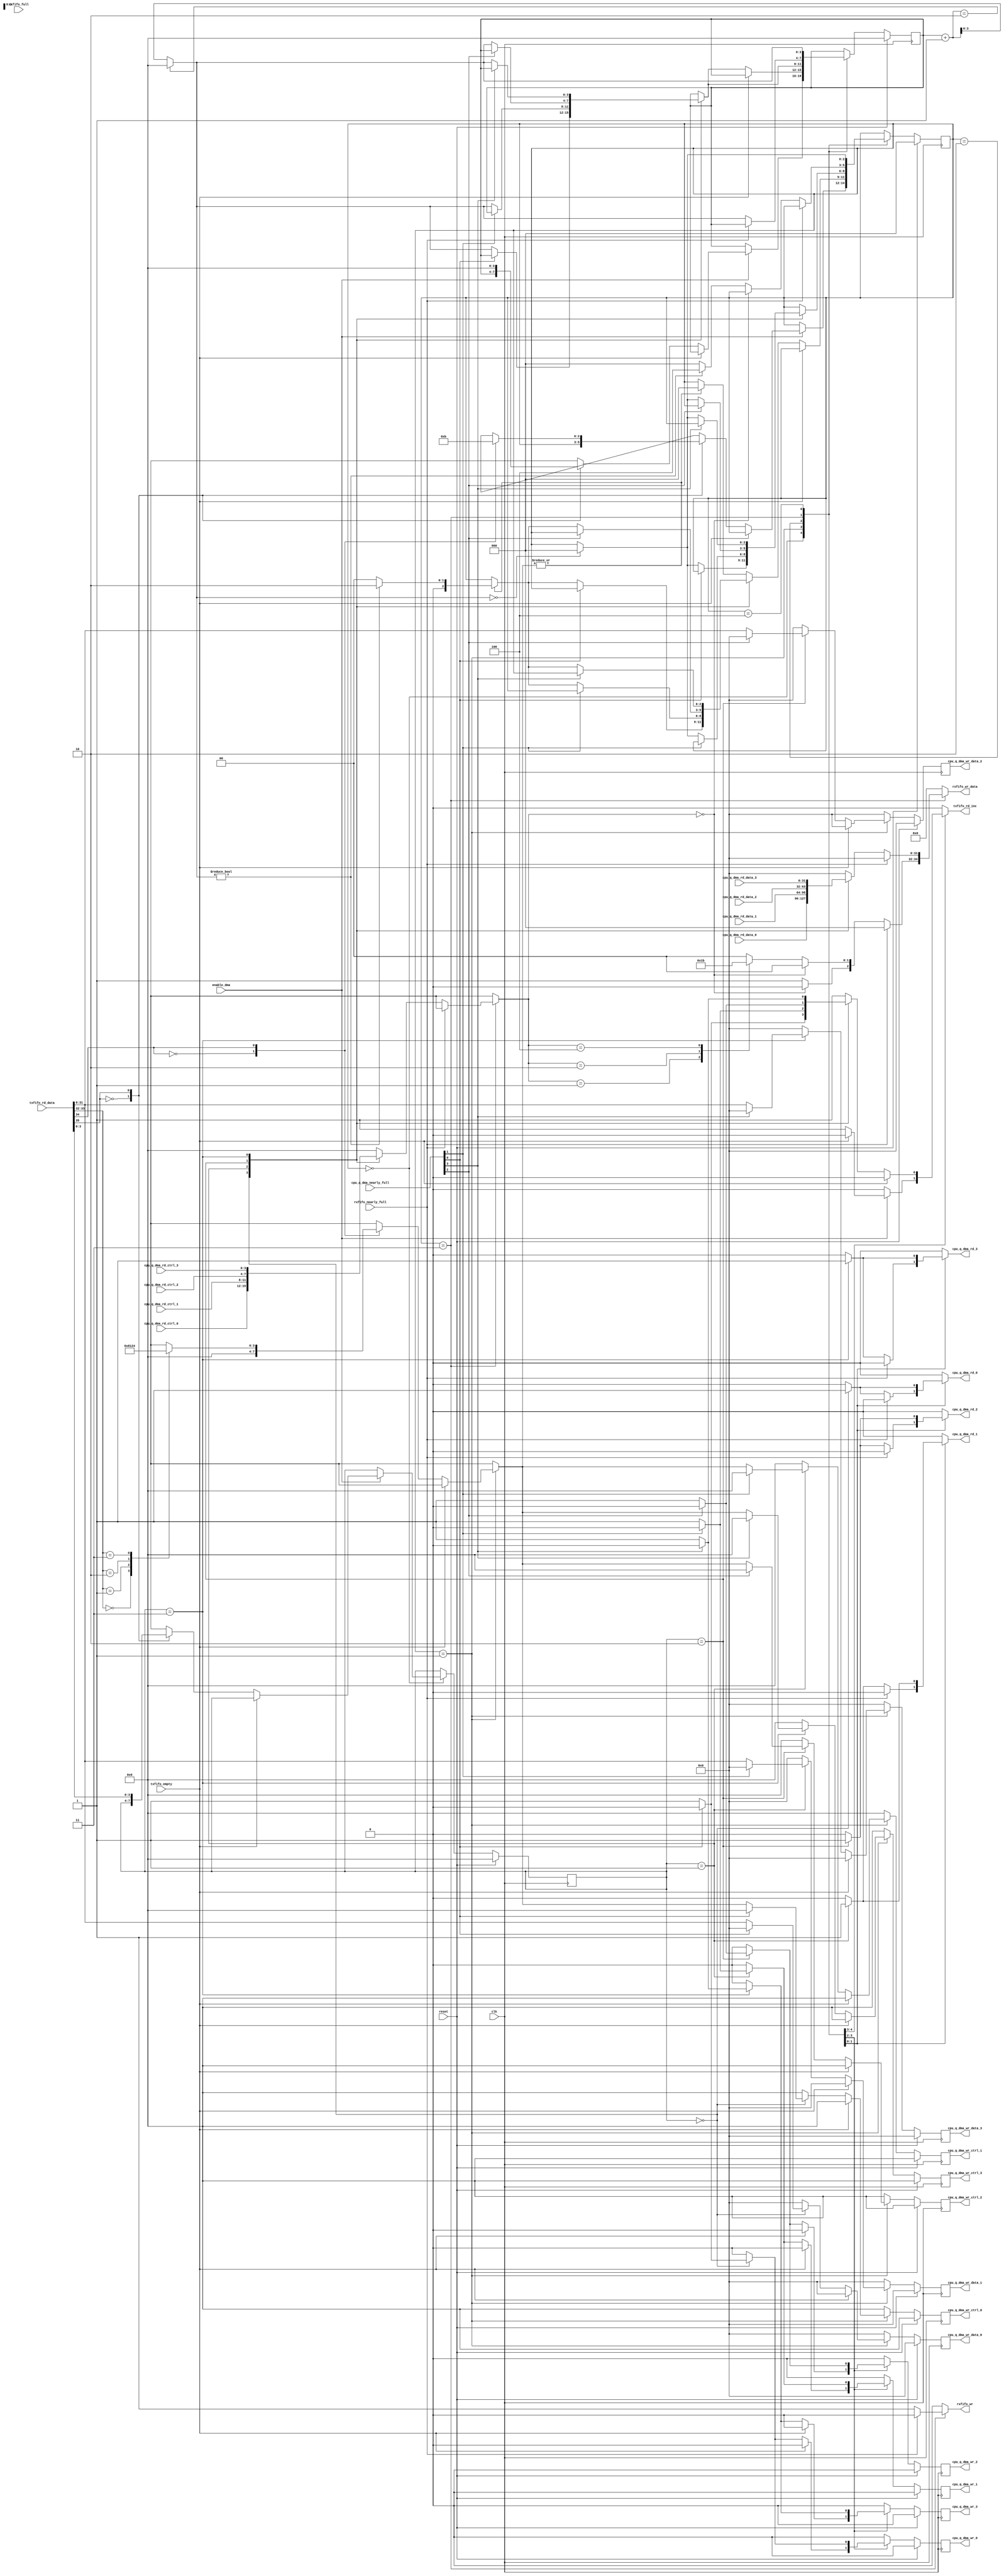
///////////////////////////////////////////////////////////////////////////////
// $Id: nf2_dma_que_intfc.v 4649 2008-10-31 21:21:46Z grg $
// vim:set shiftwidth=3 softtabstop=3 expandtab:
//
// Module: nf2_dma_que_intfc.v
// Project: NetFPGA 2.1 (NF2 Control Network FPGA)
// Description: DMA interface to cpu queues 
//
// Provides pkt transfer to/from cpu queues
//
/////////////////////////////////////////////////////////////////////////
//
// txfifo_rd_data includes: 
//  1 bit. 1'b 0 for "data format"; 1'b 1 for "req format"
//  1 bit. EOP in "data format". 1'b 1 indicates the last pkt word. 
//         1'b 0 indicates this is not the last pkt word. 
//         in "req format", 1'b 0 for "dma tx", 1'b 1 for "dma rx"
//  2 bits. bytecnt in "data format". 2'b 00: 4 bytes; 2'b 01: 1 byte;
//          2'b 10: 2 bytes; 2'b 11: 3 bytes. 
//          always 2'b 00 in "req format"
// 32 bits. pkt data in "data format". 
//         {28'b 0, 4-bits queue_id} in "req format" 
//
// rxfifo_wr_data includes:
//  1 bit. EOP. 1'b 1 indicates the last pkt word. 
//         1'b 0 indicates this is not the last pkt word.   
//  2 bits. bytecnt. 2'b 00: 4 bytes; 2'b 01: 1 byte;
//          2'b 10: 2 bytes; 2'b 11: 3 bytes.  
// 32 bits. pkt data . 
//
//////////////////////////////////////////////////////////////////


module nf2_dma_que_intfc
  #( parameter NUM_CPU_QUEUES = 4,
     parameter DMA_DATA_WIDTH = 32,
     parameter DMA_CTRL_WIDTH=DMA_DATA_WIDTH/8,
     parameter USER_DATA_PATH_WIDTH=64,
     parameter CPCI_NF2_DATA_WIDTH=32
     )

   (
    // ---- signals to/from CPU rx queue 0
    output reg cpu_q_dma_rd_0,
    input [DMA_DATA_WIDTH-1:0] cpu_q_dma_rd_data_0, 
    input [DMA_CTRL_WIDTH-1:0] cpu_q_dma_rd_ctrl_0,

    // ---- signals to/from CPU rx queue 1
    output reg cpu_q_dma_rd_1,
    input [DMA_DATA_WIDTH-1:0] cpu_q_dma_rd_data_1, 
    input [DMA_CTRL_WIDTH-1:0] cpu_q_dma_rd_ctrl_1,
 
    // ---- signals to/from CPU rx queue 2
    output reg cpu_q_dma_rd_2,
    input [DMA_DATA_WIDTH-1:0] cpu_q_dma_rd_data_2, 
    input [DMA_CTRL_WIDTH-1:0] cpu_q_dma_rd_ctrl_2,

    // ---- signals to/from CPU rx queue 3
    output reg cpu_q_dma_rd_3,
    input [DMA_DATA_WIDTH-1:0] cpu_q_dma_rd_data_3, 
    input [DMA_CTRL_WIDTH-1:0] cpu_q_dma_rd_ctrl_3,

    // signals to/from CPU tx queues
    input [NUM_CPU_QUEUES-1:0] cpu_q_dma_nearly_full,

    // signals to/from CPU tx queue 0
    output reg cpu_q_dma_wr_0,
    output reg [DMA_DATA_WIDTH-1:0] cpu_q_dma_wr_data_0, 
    output reg [DMA_CTRL_WIDTH-1:0] cpu_q_dma_wr_ctrl_0,

    // signals to/from CPU tx queue 1
    output reg cpu_q_dma_wr_1,
    output reg [DMA_DATA_WIDTH-1:0] cpu_q_dma_wr_data_1, 
    output reg [DMA_CTRL_WIDTH-1:0] cpu_q_dma_wr_ctrl_1,

    // signals to/from CPU tx queue 2
    output reg cpu_q_dma_wr_2,
    output reg [DMA_DATA_WIDTH-1:0] cpu_q_dma_wr_data_2, 
    output reg [DMA_CTRL_WIDTH-1:0] cpu_q_dma_wr_ctrl_2,
    
    // signals to/from CPU tx queue 3
    output reg cpu_q_dma_wr_3,
    output reg [DMA_DATA_WIDTH-1:0] cpu_q_dma_wr_data_3, 
    output reg [DMA_CTRL_WIDTH-1:0] cpu_q_dma_wr_ctrl_3,
    
    // --- signals to/from nf2_dma_sync 
    input txfifo_empty,
    input [DMA_DATA_WIDTH +3:0] txfifo_rd_data,
    output reg txfifo_rd_inc,

    input rxfifo_full,
    input rxfifo_nearly_full, 
    output reg rxfifo_wr,
    output reg [DMA_DATA_WIDTH +2:0] rxfifo_wr_data,
   
    //--- misc
    input        enable_dma,
    input        reset,
    input        clk
    );

   reg [3:0] queue_id, queue_id_nxt; 

   reg [DMA_DATA_WIDTH-1:0]    dma_wr_data;
   reg [DMA_CTRL_WIDTH-1:0]    dma_wr_ctrl;
   reg 			       dma_rd_vld, dma_rd_vld_nxt;
   reg [DMA_DATA_WIDTH-1:0]    dma_rd_data;
   reg [DMA_CTRL_WIDTH-1:0]    dma_rd_ctrl;

   // signals to/from CPU tx queue 0
   reg 			       cpu_q_dma_wr_0_nxt;
   reg [DMA_DATA_WIDTH-1:0]    cpu_q_dma_wr_data_0_nxt; 
   reg [DMA_CTRL_WIDTH-1:0]    cpu_q_dma_wr_ctrl_0_nxt;
   
   // signals to/from CPU tx queue 1
   reg 			       cpu_q_dma_wr_1_nxt;
   reg [DMA_DATA_WIDTH-1:0]    cpu_q_dma_wr_data_1_nxt; 
   reg [DMA_CTRL_WIDTH-1:0]    cpu_q_dma_wr_ctrl_1_nxt;
   
   // signals to/from CPU tx queue 2
   reg 			       cpu_q_dma_wr_2_nxt;
   reg [DMA_DATA_WIDTH-1:0]    cpu_q_dma_wr_data_2_nxt; 
   reg [DMA_CTRL_WIDTH-1:0]    cpu_q_dma_wr_ctrl_2_nxt;
   
   // signals to/from CPU tx queue 3
   reg 			       cpu_q_dma_wr_3_nxt;
   reg [DMA_DATA_WIDTH-1:0]    cpu_q_dma_wr_data_3_nxt; 
   reg [DMA_CTRL_WIDTH-1:0]    cpu_q_dma_wr_ctrl_3_nxt;
   
   // support a max "USER_DATA_PATH_WIDTH / DMA_DATA_WIDTH" ratio of 8
   reg [3:0] align_cnt, align_cnt_nxt;

   wire [3:0] align_cnt_plus_1 = 
	      ((align_cnt+'h 1)==(USER_DATA_PATH_WIDTH / DMA_DATA_WIDTH)) ?
	      'h 0 : align_cnt+'h 1;
   
   reg [2:0] state, state_nxt;
   parameter IDLE_STATE = 3'h 0,
	     TX_STATE = 3'h 1,
	     TX_PAD_STATE = 3'h 2,
	     RX_STATE = 3'h 3,
	     RX_PAD_STATE = 3'h 4;
     
   always @(*) begin
      state_nxt = state;
      queue_id_nxt = queue_id;
      dma_rd_vld_nxt = 1'b 0;
      align_cnt_nxt = align_cnt;
      
      txfifo_rd_inc = 1'b 0;

      dma_wr_ctrl = 'h 0;
      dma_wr_data = 'h 0;

      cpu_q_dma_wr_0_nxt = 1'b 0;
      cpu_q_dma_wr_data_0_nxt = 'h 0;
      cpu_q_dma_wr_ctrl_0_nxt = 'h 0;

      cpu_q_dma_wr_1_nxt = 1'b 0;
      cpu_q_dma_wr_data_1_nxt = 'h 0;
      cpu_q_dma_wr_ctrl_1_nxt = 'h 0;

      cpu_q_dma_wr_2_nxt = 1'b 0;
      cpu_q_dma_wr_data_2_nxt = 'h 0;
      cpu_q_dma_wr_ctrl_2_nxt = 'h 0;

      cpu_q_dma_wr_3_nxt = 1'b 0;
      cpu_q_dma_wr_data_3_nxt = 'h 0;
      cpu_q_dma_wr_ctrl_3_nxt = 'h 0;

      cpu_q_dma_rd_0 = 1'b 0;
      cpu_q_dma_rd_1 = 1'b 0;
      cpu_q_dma_rd_2 = 1'b 0;
      cpu_q_dma_rd_3 = 1'b 0;
      
      dma_rd_data = 'h 0;
      dma_rd_ctrl = 'h 0;

      rxfifo_wr = 1'b 0;
      rxfifo_wr_data = 'h 0;
      
      case (state)
	IDLE_STATE:
	  
	  if (enable_dma) begin
	     
	   if (! txfifo_empty) begin
	      txfifo_rd_inc = 1'b 1;

	      case (txfifo_rd_data[DMA_DATA_WIDTH +3])
		1'b 0: begin 
		   //synthesis translate_off

                   // Don't display an error message immediately as we may
                   // have seen the transition on the empty signal before the
                   // data signal has transitioned
		   #1 if (txfifo_rd_data[DMA_DATA_WIDTH +3]) begin
		      $display("%t %m ERROR: expect req format, but got data format!", $time);
		   end
		   //synthesis translate_on
		end
		
		1'b 1: begin
		   align_cnt_nxt = 'h 0;
		   
		   queue_id_nxt = txfifo_rd_data;
		   
		   case (txfifo_rd_data[DMA_DATA_WIDTH +2])
		     1'b 0: begin
			//DMA tx
			state_nxt = TX_STATE;
			
		     end
		     
		     1'b 1: begin
			//DMA rx
			state_nxt = RX_STATE;
						
		     end
  	           endcase // case(txfifo_rd_data[DMA_DATA_WIDTH +2])

		end // case: 1'b 1

	      endcase // case(txfifo_rd_data[DMA_DATA_WIDTH +3])
	      
	   end // if (! txfifo_empty)

	  end // if (enable_dma)
	
	TX_STATE:
	  if (! txfifo_empty) begin
	     case (txfifo_rd_data[DMA_DATA_WIDTH +2])
	       1'b 0: //not EOP
		 dma_wr_ctrl = 'b 0;

	       1'b 1: begin 
		  //EOP
		  case (txfifo_rd_data[DMA_DATA_WIDTH +1:DMA_DATA_WIDTH])
		    2'b 00:
		      dma_wr_ctrl = 'b 1000;
		    2'b 01:
		      dma_wr_ctrl = 'b 0001;
		    2'b 10:
		      dma_wr_ctrl = 'b 0010;
		    2'b 11:
		      dma_wr_ctrl = 'b 0100;
		  endcase//case(txfifo_rd_data[DMA_DATA_WIDTH +1:DMA_DATA_WIDTH])
	       end // case: 1'b 1
	       
	     endcase // case(txfifo_rd_data[DMA_DATA_WIDTH +2])

	     dma_wr_data = txfifo_rd_data[DMA_DATA_WIDTH -1:0];
	     	     
	     case (queue_id)
	       4'h 0: 
		  if (! cpu_q_dma_nearly_full[0]) begin
		     txfifo_rd_inc = 1'b 1;
		     cpu_q_dma_wr_0_nxt = 1'b 1;
		     cpu_q_dma_wr_data_0_nxt = dma_wr_data;
		     cpu_q_dma_wr_ctrl_0_nxt = dma_wr_ctrl;

		     align_cnt_nxt = align_cnt_plus_1;
		     
		     if (| dma_wr_ctrl) begin 
			if (align_cnt_nxt != 'h 0)
			  state_nxt = TX_PAD_STATE;
			else 
			  state_nxt = IDLE_STATE;

		     end
		  end
	       
		4'h 1: 
		   if (! cpu_q_dma_nearly_full[1]) begin 
		     txfifo_rd_inc = 1'b 1;
		     cpu_q_dma_wr_1_nxt = 1'b 1;
		     cpu_q_dma_wr_data_1_nxt = dma_wr_data;
		     cpu_q_dma_wr_ctrl_1_nxt = dma_wr_ctrl;

		     align_cnt_nxt = align_cnt_plus_1;

		     if (| dma_wr_ctrl) begin 
			if (align_cnt_nxt != 'h 0)
			  state_nxt = TX_PAD_STATE;
			else 
			  state_nxt = IDLE_STATE;

		     end
		   end

	       4'h 2: 
		  if (! cpu_q_dma_nearly_full[2]) begin 
		     txfifo_rd_inc = 1'b 1;
		     cpu_q_dma_wr_2_nxt = 1'b 1;
		     cpu_q_dma_wr_data_2_nxt = dma_wr_data;
		     cpu_q_dma_wr_ctrl_2_nxt = dma_wr_ctrl;

		     align_cnt_nxt = align_cnt_plus_1;

		     if (| dma_wr_ctrl) begin 
			if (align_cnt_nxt != 'h 0)
			  state_nxt = TX_PAD_STATE;
			else 
			  state_nxt = IDLE_STATE;

		     end
		  end
	       
		4'h 3: 
		   if (! cpu_q_dma_nearly_full[3]) begin 
		     txfifo_rd_inc = 1'b 1;
		     cpu_q_dma_wr_3_nxt = 1'b 1;
		     cpu_q_dma_wr_data_3_nxt = dma_wr_data;
		     cpu_q_dma_wr_ctrl_3_nxt = dma_wr_ctrl;

		     align_cnt_nxt = align_cnt_plus_1;

		     if (| dma_wr_ctrl) begin 
			if (align_cnt_nxt != 'h 0)
			  state_nxt = TX_PAD_STATE;
			else 
			  state_nxt = IDLE_STATE;

		     end
		   end
	       
	       default: begin
		  // unknown queue_id. dequeue the pkt data anyway. 
		  txfifo_rd_inc = 1'b 1;
		  if (| dma_wr_ctrl) state_nxt = IDLE_STATE;
	       end
	       
	     endcase // case(oq_queue_id)

	  end // if (! txfifo_empty)

	TX_PAD_STATE: begin
	   
	     case (queue_id)
	       4'h 0: 
		  if (! cpu_q_dma_nearly_full[0]) begin
		     cpu_q_dma_wr_0_nxt = 1'b 1;

		     align_cnt_nxt = align_cnt_plus_1;
		     
		     if (align_cnt_nxt == 'h 0)
		       state_nxt = IDLE_STATE;
		  end
	       
		4'h 1: 
		   if (! cpu_q_dma_nearly_full[1]) begin 
		     cpu_q_dma_wr_1_nxt = 1'b 1;

		     align_cnt_nxt = align_cnt_plus_1;

		      if (align_cnt_nxt == 'h 0)
			state_nxt = IDLE_STATE;
		   end

	       4'h 2: 
		  if (! cpu_q_dma_nearly_full[2]) begin 
		     cpu_q_dma_wr_2_nxt = 1'b 1;

		     align_cnt_nxt = align_cnt_plus_1;

		     if (align_cnt_nxt == 'h 0)
		       state_nxt = IDLE_STATE;

		  end
	       
		4'h 3: 
		   if (! cpu_q_dma_nearly_full[3]) begin 
		     cpu_q_dma_wr_3_nxt = 1'b 1;

		     align_cnt_nxt = align_cnt_plus_1;

		      if (align_cnt_nxt == 'h 0)
			state_nxt = IDLE_STATE;

		   end
	   
	     endcase // case(queue_id)
	   
	end // case: TX_PAD_STATE
	
	RX_STATE: begin

	   if (!rxfifo_nearly_full) begin
	      // note that cpu queues are fall-thru queues. 
	      // So data are available now
	      case (queue_id)
		4'h 0: cpu_q_dma_rd_0 = 1'b 1;
		4'h 1: cpu_q_dma_rd_1 = 1'b 1;
		4'h 2: cpu_q_dma_rd_2 = 1'b 1;
		4'h 3: cpu_q_dma_rd_3 = 1'b 1;
	      endcase // case(oq_queue_id)

	      align_cnt_nxt = align_cnt_plus_1;

	      case (queue_id)
		4'h 0: begin 
		   dma_rd_data = cpu_q_dma_rd_data_0;
		   dma_rd_ctrl = cpu_q_dma_rd_ctrl_0;
		end
		4'h 1: begin 
		   dma_rd_data = cpu_q_dma_rd_data_1;
		   dma_rd_ctrl = cpu_q_dma_rd_ctrl_1;
		end
		4'h 2: begin 
		   dma_rd_data = cpu_q_dma_rd_data_2;
		   dma_rd_ctrl = cpu_q_dma_rd_ctrl_2;
		end
		4'h 3: begin 
		   dma_rd_data = cpu_q_dma_rd_data_3;
		   dma_rd_ctrl = cpu_q_dma_rd_ctrl_3;
		end
	      endcase // case(oq_queue_id)

	      rxfifo_wr = 1'b 1;
	      rxfifo_wr_data[DMA_DATA_WIDTH -1:0] = dma_rd_data;

	      if (dma_rd_ctrl == 'h 0) begin 
		//not EOP
		 rxfifo_wr_data[DMA_DATA_WIDTH +2]=1'b 0;
		 rxfifo_wr_data[DMA_DATA_WIDTH +1:DMA_DATA_WIDTH]=2'b 0;
	      end
	      else begin 
		 //EOP
		 rxfifo_wr_data[DMA_DATA_WIDTH +2]=1'b 1;

		 // data is in little endian: [7:0] is the first byte. 
		 case (dma_rd_ctrl)
		   'b 0001: 
		     rxfifo_wr_data[DMA_DATA_WIDTH +1:DMA_DATA_WIDTH]=2'h 1;
		   'b 0010: 
		     rxfifo_wr_data[DMA_DATA_WIDTH +1:DMA_DATA_WIDTH]=2'h 2;
		   'b 0100: 
		     rxfifo_wr_data[DMA_DATA_WIDTH +1:DMA_DATA_WIDTH]=2'h 3;
		   'b 1000: 
		     rxfifo_wr_data[DMA_DATA_WIDTH +1:DMA_DATA_WIDTH]=2'h 0;
		   default:
		     rxfifo_wr_data[DMA_DATA_WIDTH +1:DMA_DATA_WIDTH]=2'h 0;
		 endcase // case(dma_rd_ctrl)

		 if (align_cnt_nxt != 'h 0)
		   state_nxt = RX_PAD_STATE;
		 else 
		   state_nxt = IDLE_STATE;
		 
	      end // else: !if(dma_rd_ctrl == 'h 0)
	   	      
	   end // if (!rxfifo_nearly_full)
	   		   
	end // case: RX_STATE

	RX_PAD_STATE: begin
	   case (queue_id)
	     4'h 0: cpu_q_dma_rd_0 = 1'b 1;
	     4'h 1: cpu_q_dma_rd_1 = 1'b 1;
	     4'h 2: cpu_q_dma_rd_2 = 1'b 1;
	     4'h 3: cpu_q_dma_rd_3 = 1'b 1;
	   endcase // case(oq_queue_id)
	   
	   align_cnt_nxt = align_cnt_plus_1;

	   if (align_cnt_nxt == 'h 0)
             state_nxt = IDLE_STATE;

	end // case: RX_PAD_STATE
	
	
      endcase // case(state)

   end // always @ (*)

   parameter 
     DMA_QUE_WR_IDLE_STATE = 'h 0,
     DMA_QUE_WR_PAD_STATE = 'h 1;
   
   reg dma_que_wr_state, dma_que_wr_state_nxt;
   reg [3:0] dma_que_wr_align_cnt, dma_que_wr_align_cnt_nxt;
   reg [3:0] dma_que_wr_queue_id, dma_que_wr_queue_id_nxt;

   wire [3:0] dma_que_wr_align_cnt_plus_1 = 
	      ((dma_que_wr_align_cnt+'h 1)==(USER_DATA_PATH_WIDTH/DMA_DATA_WIDTH)) ?
	      'h 0 : dma_que_wr_align_cnt + 'h 1;


   always @(posedge clk) begin
     if (reset) begin
	state <= IDLE_STATE;
	
	queue_id <= 'h 0;
	dma_rd_vld <= 'h 0;
	align_cnt <= 'h 0;

	dma_que_wr_state <= DMA_QUE_WR_IDLE_STATE;
	dma_que_wr_align_cnt <= 'h 0;
	dma_que_wr_queue_id <= 'h 0;
	
	cpu_q_dma_wr_0 <= 1'b 0;
	cpu_q_dma_wr_data_0 <= 'h 0;
	cpu_q_dma_wr_ctrl_0 <= 'h 0;
	
	cpu_q_dma_wr_1 <= 1'b 0;
	cpu_q_dma_wr_data_1 <= 'h 0;
	cpu_q_dma_wr_ctrl_1 <= 'h 0;
	
	cpu_q_dma_wr_2 <= 1'b 0;
	cpu_q_dma_wr_data_2 <= 'h 0;
	cpu_q_dma_wr_ctrl_2 <= 'h 0;
	
	cpu_q_dma_wr_3 <= 1'b 0;
	cpu_q_dma_wr_data_3 <= 'h 0;
	cpu_q_dma_wr_ctrl_3 <= 'h 0;
	
     end
     else begin
	state <= state_nxt;
	
	queue_id <= queue_id_nxt;
	dma_rd_vld <= dma_rd_vld_nxt;
	align_cnt <= align_cnt_nxt;
	
	dma_que_wr_state <= dma_que_wr_state_nxt;
	dma_que_wr_align_cnt <= dma_que_wr_align_cnt_nxt;
	dma_que_wr_queue_id <= dma_que_wr_queue_id_nxt;

	cpu_q_dma_wr_0 <= cpu_q_dma_wr_0_nxt;
	cpu_q_dma_wr_data_0 <= cpu_q_dma_wr_data_0_nxt;
	cpu_q_dma_wr_ctrl_0 <= cpu_q_dma_wr_ctrl_0_nxt;
	
	cpu_q_dma_wr_1 <= cpu_q_dma_wr_1_nxt;
	cpu_q_dma_wr_data_1 <= cpu_q_dma_wr_data_1_nxt;
	cpu_q_dma_wr_ctrl_1 <= cpu_q_dma_wr_ctrl_1_nxt;
	
	cpu_q_dma_wr_2 <= cpu_q_dma_wr_2_nxt;
	cpu_q_dma_wr_data_2 <= cpu_q_dma_wr_data_2_nxt;
	cpu_q_dma_wr_ctrl_2 <= cpu_q_dma_wr_ctrl_2_nxt;
	
	cpu_q_dma_wr_3 <= cpu_q_dma_wr_3_nxt;
	cpu_q_dma_wr_data_3 <= cpu_q_dma_wr_data_3_nxt;
	cpu_q_dma_wr_ctrl_3 <= cpu_q_dma_wr_ctrl_3_nxt;
	
     end
   end // always @ (posedge clk)

endmodule // nf2_dma_que_intfc